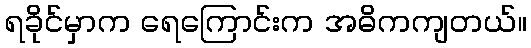
ရခိုင်မှာက ရေကြောင်းက အဓိကကျတယ်။